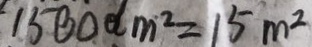
1 5 0 0 d m ^ { 2 } = 1 5 m ^ { 2 }